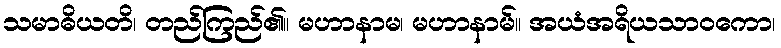
သမာဓိယတိ၊ တည်ကြည်၏။ မဟာနာမ၊ မဟာနာမ်။ အယံအရိယသာဝကော၊